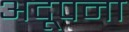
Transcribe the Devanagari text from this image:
अदूपना